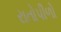
રાતોપીળો